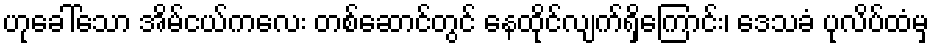
ဟုခေါ်သော အိမ်ငယ်ကလေး တစ်ဆောင်တွင် နေထိုင်လျက်ရှိကြောင်း၊ ဒေသခံ ပုလိပ်ထံမှ